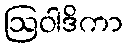
ဩဝါဒိကာ